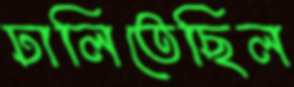
ঢালিতেছিল